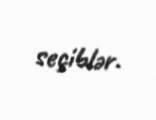
seçiblər.